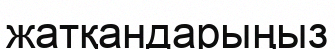
жатқандарыңыз